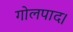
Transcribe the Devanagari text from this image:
गोलपाद।